Senior Leaving Certificate Examination (including Day School Certificate (Higher) General paper), 1948
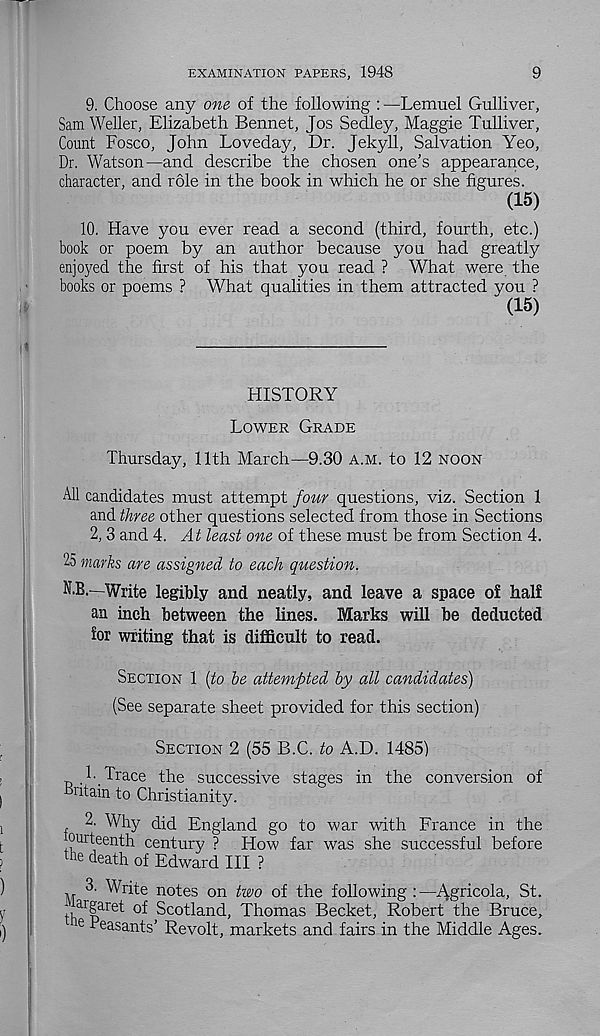
EXAMINATION PAPERS, 1948
9
9. Choose any one of the following : —Lemuel Gulliver,
Sam Weller, Elizabeth Bennet, Jos Sedley, Maggie Tulliver,
Count Fosco, John Loveday, Dr. Jekyll, Salvation Yeo,
Dr. Watson—and describe the chosen one’s appearance,
character, and role in the book in which he or she figures.
(15)
10. Have you ever read a second (third, fourth, etc.)
book or poem by an author because you had greatly
enjoyed the first of his that you read ? What were, the
books or poems ? What qualities in them attracted you ?
(15)
HISTORY
LOWER GRADE
Thursday, 11th March—9.30 A.M. to 12 NOON
All candidates must attempt four questions, viz. Section 1
and three other questions selected from those in Sections
2, 3 and 4. At least one of these must be from Section 4.
25 marks are assigned to each question.
N.B.—Write legibly and neatly, and leave a space o£ half
an inch between the lines. Marks will be deducted
for writing that is difficult to read.
SECTION 1 (to he attempted by all candidates)
(See separate sheet provided for this section)
SECTION 2 (55 B.C. to A.D. 1485)
1- Trace the successive stages in the conversion of
Ikitain to Christianity.
2. Why did England go to war with France in the
ourteenth century ? How far was she successful before
the death of Edward III ?
3. Write notes on two of the following :—i\g r i c°la > St.
;, ar | aret of Scotland, Thomas Becket, Robert the Bruce,
e Feasants’ Revolt, markets and fairs in the Middle Ages.